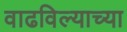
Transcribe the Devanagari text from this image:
वाढविल्याच्या